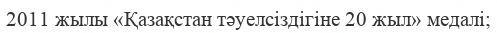
2011 жылы «Қазақстан тәуелсіздігіне 20 жыл» медалі;